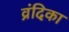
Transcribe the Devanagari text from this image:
व्रंदिका